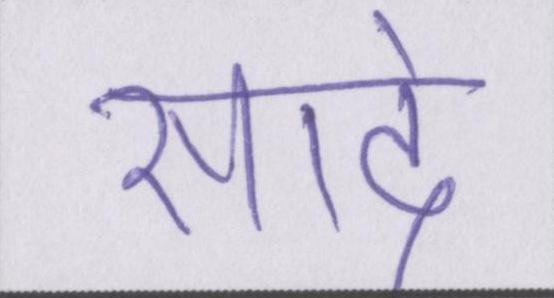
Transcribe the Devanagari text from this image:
सादे